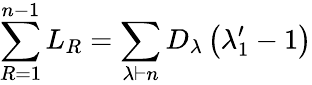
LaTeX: \sum_{R=1}^{n-1}L_{R}=\sum_{\lambda\vdash n}D_{\lambda}\left(\lambda_{1}^{\prime}-1\right)